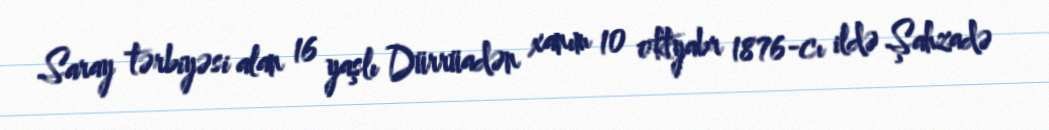
Saray tərbiyəsi alan 16 yaşlı Dürrüadən xanım 10 oktyabr 1876-cı ildə Şahzadə